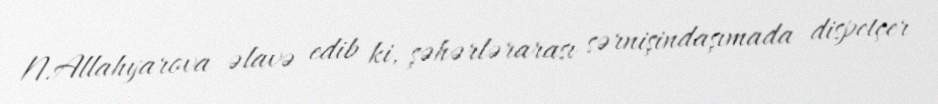
N.Allahyarova əlavə edib ki, şəhərlərarası sərnişindaşımada dispetçer